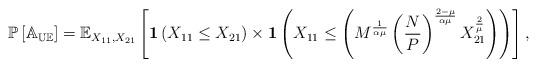
LaTeX: \begin{align*}\mathbb{P\left[A_{UE}\right]}=\mathbb{E}_{X_{11}, X_{21}}\left[\mathbf{1}\left(X_{11}\leq X_{21}\right)\times\mathbf{1}\left(X_{11}\leq \left( M^{\frac{1}{\alpha\mu}}\left(\frac{N}{P}\right)^{\frac{2-\mu}{\alpha\mu}}X_{21}^{\frac{2}{\mu}}\right)\right)\right], \end{align*}